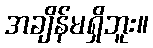
အချိန်မရှိဘူး။